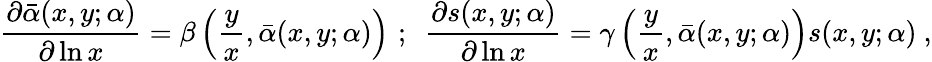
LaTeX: \frac{\partial\bar{\alpha}(x,y;\alpha)}{\partial\ln x}=\beta\left(\frac{y}{x},\bar{\alpha}(x,y;\alpha)\right)\, \, ;\, \, \, \frac{\partial s(x,y;\alpha)}{\partial\ln x}=\gamma\left(\frac{y}{x},\bar{\alpha}(x,y;\alpha)\right)s(x,y;\alpha)~,